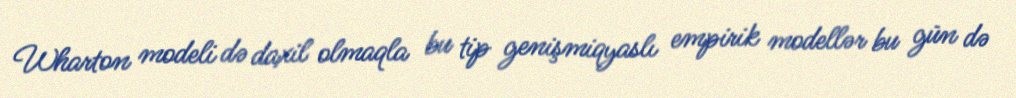
Wharton modeli də daxil olmaqla bu tip genişmiqyaslı empirik modellər bu gün də